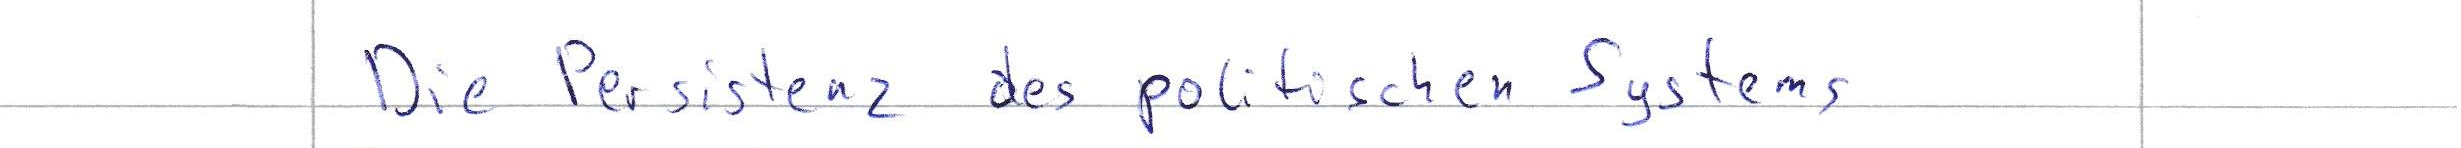
Die Persistenz des politischen Systems